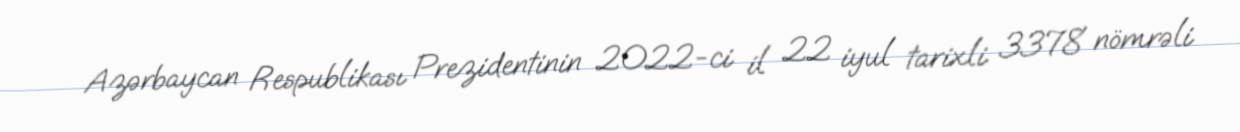
Azərbaycan Respublikası Prezidentinin 2022-ci il 22 iyul tarixli 3378 nömrəli